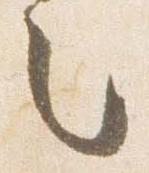
々